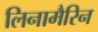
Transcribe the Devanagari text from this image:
लिनामैरिन